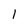
Character: 1